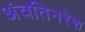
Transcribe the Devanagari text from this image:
अंवतिनरेश